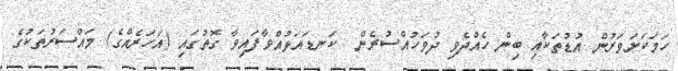
ހަމަކަށަވަރުން އުޑުތަކާއި ބިން ހެއްދެވި ދުވަހުއްސުރެން  ކަނޑައަޅުއްވާފައިވާ ގޮތުގައި (އަހަރެއްގެ) މައްސަރުތަކުގެ